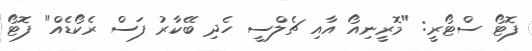
ފޮޓޯ ސްޓޯރީ: "މޮރީނިއޯ އާއި ޗެލްސީ ހެދި ބޭކާރު ފަސް ރެކޯޑެއް" ފޮޓޯ